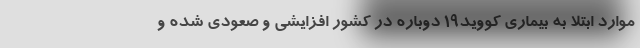
موارد ابتلا به بیماری کووید۱۹ دوباره در کشور افزایشی و صعودی شده و